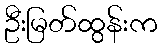
ဦးမြတ်ထွန်းက